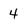
Character: 4